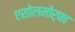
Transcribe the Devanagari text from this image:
एसोलमोर्फा